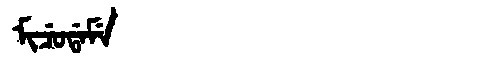
Manchu: ᠮᡳᠴᡠᡩᠠᠮᡝ
Romanization: MICUDAME